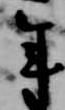
年